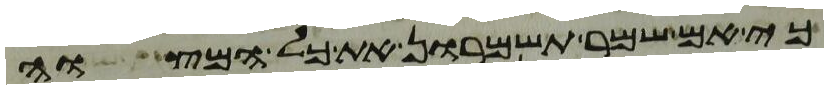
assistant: כי אם שמר תשמרון את כל המצוה